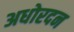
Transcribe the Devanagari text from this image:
अधोरदन